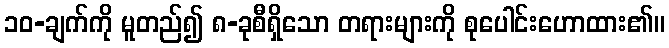
၁၀-ချက်ကို မူတည်၍ ၈-ခုစီရှိသော တရားများကို စုပေါင်းဟောထား၏။